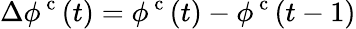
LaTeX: \Delta\phi^{\mathrm{~c~}}(t)=\phi^{\mathrm{~c~}}(t)-\phi^{\mathrm{~c~}}(t-1)